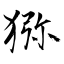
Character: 猕